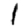
Digit: 1